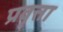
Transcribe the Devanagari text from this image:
प्रवृत्ता